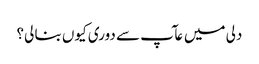
دلی میں عآپ سے دوری کیوں بنا لی؟